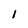
Character: 1